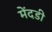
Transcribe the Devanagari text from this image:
मेंदडी